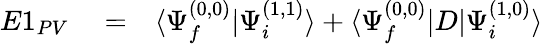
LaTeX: \begin{array}{rlr}{E1_{PV}}&{{}=}&{\langle\Psi_{f}^{(0,0)}|\Psi_{i}^{(1,1)}\rangle+\langle\Psi_{f}^{(0,0)}|D|\Psi_{i}^{(1,0)}\rangle}\end{array}